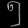
Digit: ၅